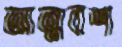
আত্মবশ